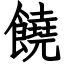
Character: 饒